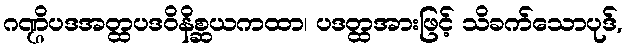
ဂဏ္ဌိပဒအတ္ထပဒဝိနိစ္ဆယကထာ၊ ပဒတ္ထအားဖြင့် သိခက်သောပုဒ်,